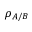
\rho _ { A / B }